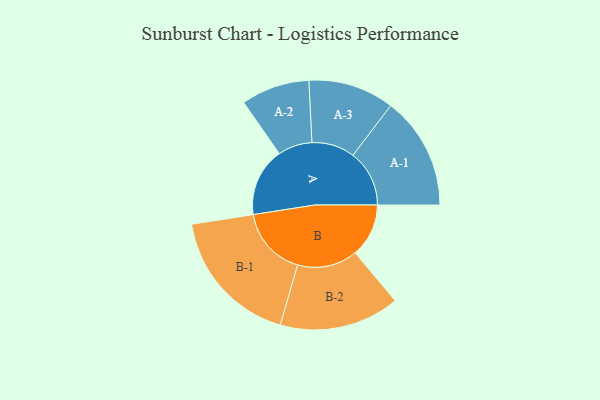
{"axis": {"x": "Segment", "y": "Value"}, "legend": ["", "A", "B"], "data": [{"x": "A", "y": 260, "type": ""}, {"x": "B", "y": 203, "type": ""}, {"x": "A-1", "y": 214, "type": "A"}, {"x": "A-2", "y": 130, "type": "A"}, {"x": "A-3", "y": 163, "type": "A"}, {"x": "B-1", "y": 264, "type": "B"}, {"x": "B-2", "y": 228, "type": "B"}]}